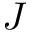
J